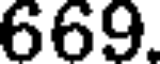
669.